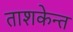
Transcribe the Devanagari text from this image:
ताशकेन्त